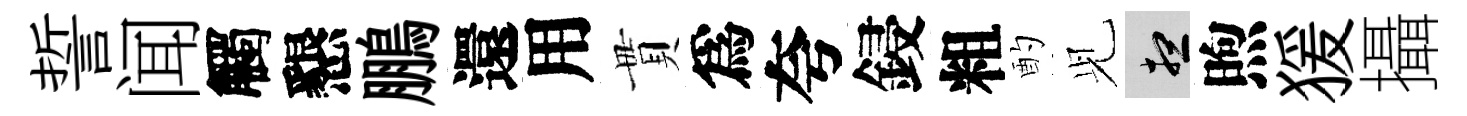
誓闻觸懇鵬還用貫爲夸鋟粗酌𫤗想煦猨攝